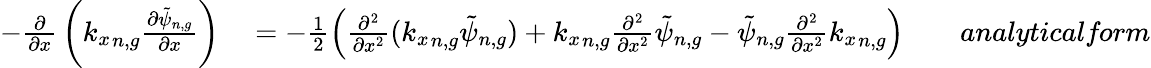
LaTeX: \begin{array}{rlrl}{-{\frac{\partial}{\partial x}}\left({k_{x}}_{n,g}\frac{\partial\tilde{\psi}_{n,g}}{\partial x}\right)}&{{}=-\frac{1}{2}\left(\frac{\partial^{2}}{\partial x^{2}}({k_{x}}_{n,g}\tilde{\psi}_{n,g})+{k_{x}}_{n,g}\frac{\partial^{2}}{\partial x^{2}}\tilde{\psi}_{n,g}-\tilde{\psi}_{n,g}\frac{\partial^{2}}{\partial x^{2}}{k_{x}}_{n,g}\right)}&{}&{{}\textit{analyticalform}}\end{array}